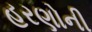
હરણોની